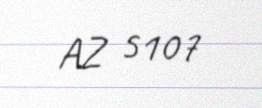
AZ 5107